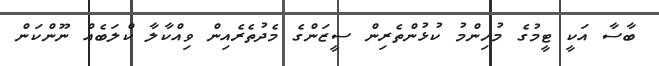
ބާސާ އަކީ ޓީމުގެ މުހިންމު ކުޅުންތެރިން ސީޒަންގެ މެދުތެރެއިން ވިއްކާލާ ކްލަބެއް ނޫންކަން